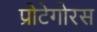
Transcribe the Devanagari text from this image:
प्रोटेगोरस